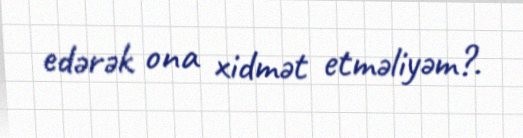
edərək ona xidmət etməliyəm?.